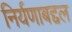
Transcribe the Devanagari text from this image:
निर्यणाबद्दल